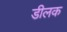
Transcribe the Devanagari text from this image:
डीलक